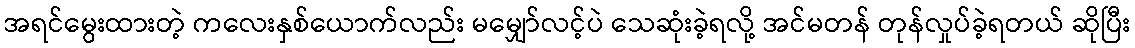
အရင်မွေးထားတဲ့ ကလေးနှစ်ယောက်လည်း မမျှော်လင့်ပဲ သေဆုံးခဲ့ရလို့ အင်မတန် တုန်လှုပ်ခဲ့ရတယ် ဆိုပြီး